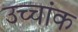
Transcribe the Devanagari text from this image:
उच्‍चांक